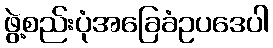
ဖွဲ့စည်းပုံအခြေခံဥပဒေပါ